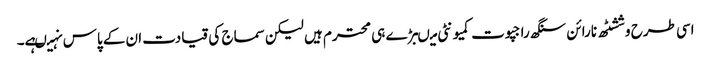
اسی طرح وششٹھ نارائن سنگھ راجپوت کمیونٹی میںبڑے ہی محترم ہیں لیکن سماج کی قیادت ا ن کے پاس نہیںہے۔